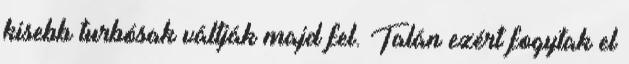
kisebb turbósak váltják majd fel. Talán ezért fogytak el